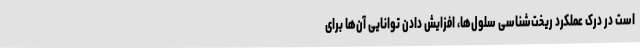
است در درک عملکرد ریخت‌شناسی سلول‌ها، افزایش دادن توانایی آن‌ها برای